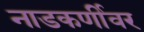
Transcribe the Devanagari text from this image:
नाडकर्णीवर